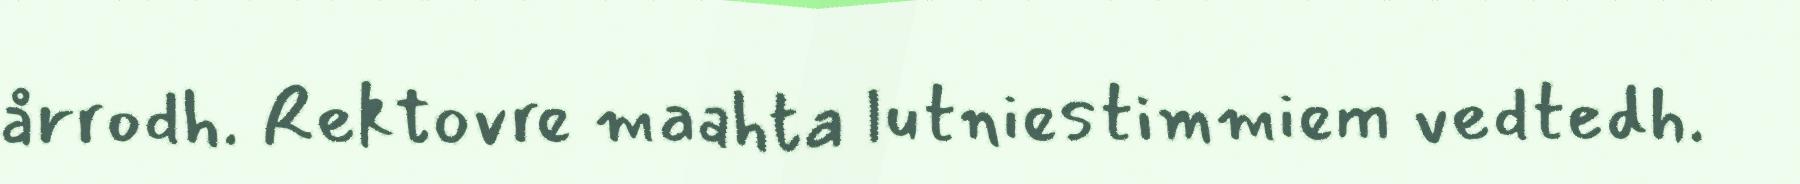
årrodh. Rektovre maahta lutniestimmiem vedtedh.